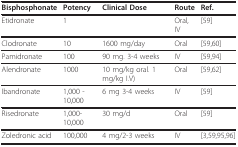
| Bisphosphonate | Potency | Clinical Dose | Route | Ref. |
 | --- | --- | --- | --- | --- |
 | Etidronate | 1 |  | Oral, IV | [59] |
 | Clodronate | 10 | 1600 mg/day | Oral | [59,60] |
 | Pamidronate | 100 | 90 mg. 3-4 weeks | IV | [59,94] |
 | Alendronate | 1000 | 10 mg/kg oral. 1 mg/kg I.V) | Oral | [59,62] |
 | Ibandronate | 1,000 - 10,000 | 6 mg 3-4 weeks | IV | [59] |
 | Risedronate | 1,000-10,000 | 30 mg/d | Oral | [59] |
 | Zoledronic acid | 100,000 | 4 mg/2-3 weeks | IV | [3,59,95,96] |